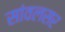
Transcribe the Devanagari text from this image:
सांवलसर